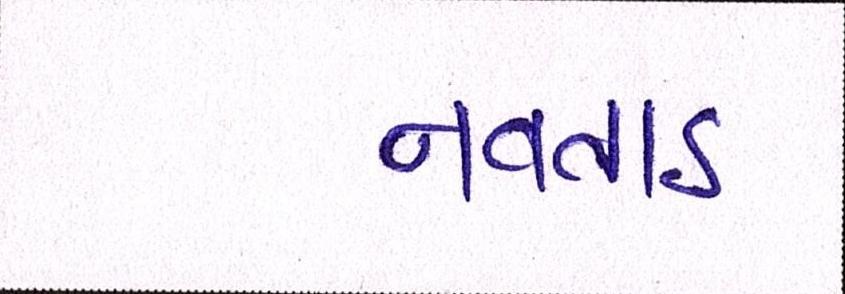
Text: નવતાડ